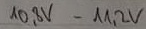
Text: 10,8V-11,2V